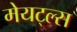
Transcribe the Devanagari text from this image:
मेयट्ल्स